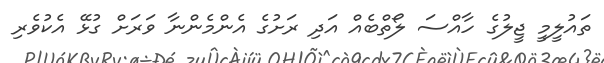
ތައުލީމީ ޖީލުގެ ހާއްސަ ލޯތްބެއް އަދި ރަށުގެ އެންމެންނާ ވަރަށް ގުޅޭ އެކުވެރި